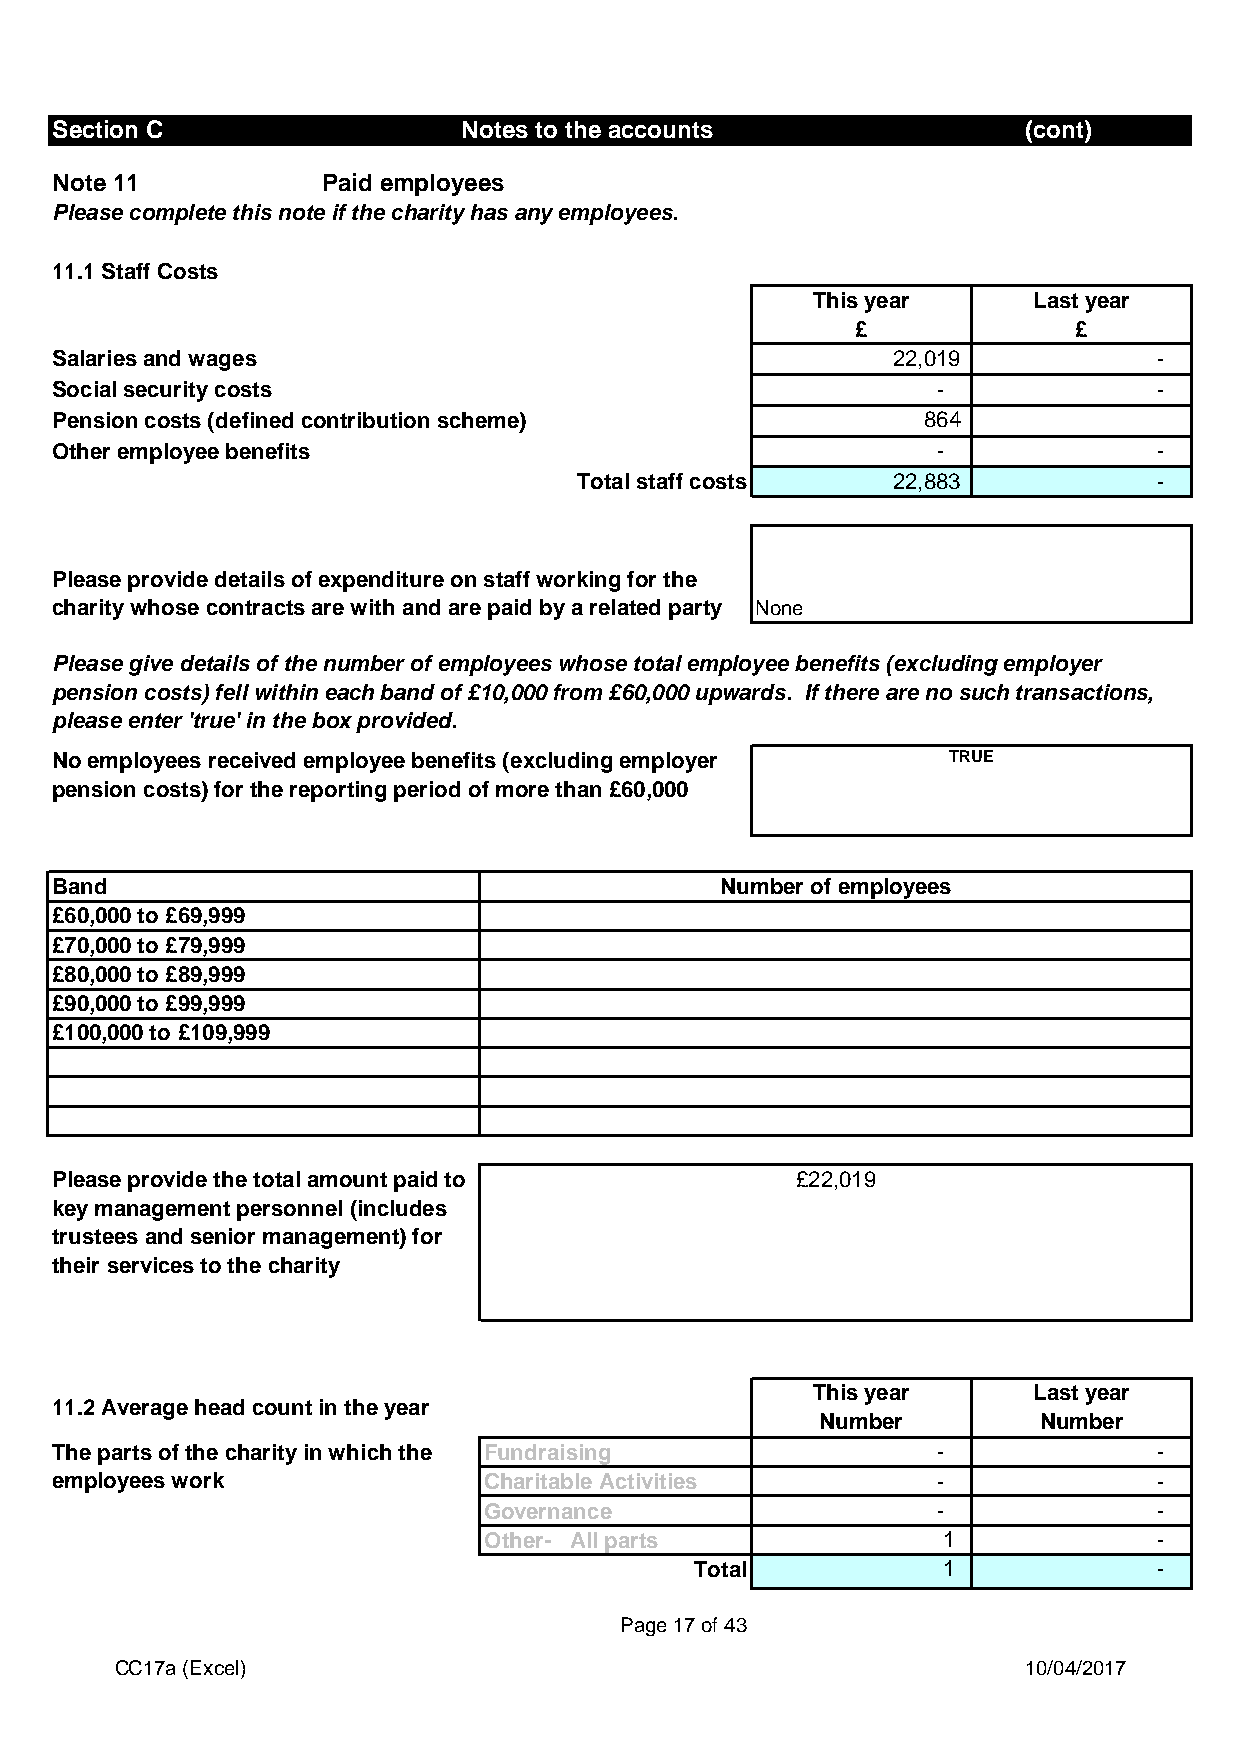
Section C                   Notes to the accounts                (cont)
 Note 11           Paid employees
 Please complete this note if the charity has any employees.
 11.1 Staff Costs
 This year     Last year
 £             £
 Salaries and wages                                      22,019            -
 Social security costs                                      -              -
 Pension costs (defined contribution scheme)               864
 Other employee benefits                                    -              -
 Total staff costs    22,883            -
 Please provide details of expenditure on staff working for the
 charity whose contracts are with and are paid by a related party None
 Please give details of the number of employees whose total employee benefits (excluding employer
 pension costs) fell within each band of £10,000 from £60,000 upwards. If there are no such transactions,
 please enter 'true' in the box provided.
 No employees received employee benefits (excluding employer TRUE
 pension costs) for the reporting period of more than £60,000
 Band                                         Number of employees
 £60,000 to £69,999
 £70,000 to £79,999
 £80,000 to £89,999
 £90,000 to £99,999
 £100,000 to £109,999
 Please provide the total amount paid to           £22,019
 key management personnel (includes
 trustees and senior management) for
 their services to the charity
 This year     Last year
 11.2 Average head count in the year
 Number         Number
 The parts of the charity in which the Fundraising          -              -
 employees work               Charitable Activities         -              -
 Governance                    -              -
 Other- All parts              1              -
 Total           1              -
 Page 17 of 43
 CC17a (Excel)                                               10/04/2017